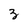
Character: 3